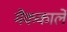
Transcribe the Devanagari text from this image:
मैककार्ले